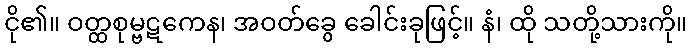
ငို၏။ ဝတ္ထစုမ္ဗဋကေန၊ အဝတ်ခွေ ခေါင်းခုဖြင့်။ နံ၊ ထို သတို့သားကို။